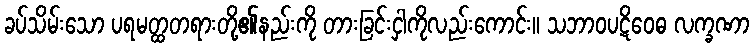
ခပ်သိမ်းသော ပရမတ္ထတရားတို့၏နည်းကို တားခြင်းငှါကိုလည်းကောင်း။ သဘာဝပဋိဝေဓ လက္ခဏာ